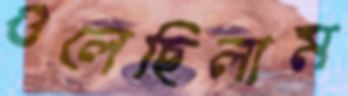
গুলেছিলাম